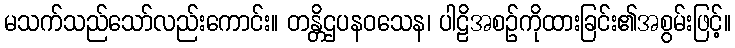
မသက်သည်သော်လည်းကောင်း။ တန္တိဌပနဝသေန၊ ပါဠိအစဉ်ကိုထားခြင်း၏အစွမ်းဖြင့်။